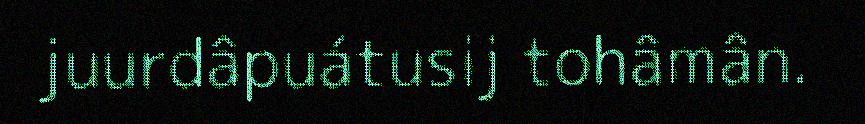
juurdâpuátusij tohâmân.